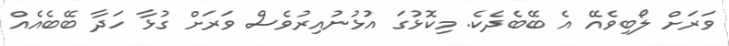
ވަރަށް ލޯބިވެއޭ އެ ބޭބެދެކެ. މިކޮޅުގަ އުޅުނުއިރުވެސް ވަރަށް ގުޅާ ހަދާ ބޭބެއެއް